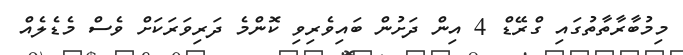
މިމުބާރާތާތުގައި ގްރޭޑް 4 އިން ދަށުން ބައިވެރިވި ކޮންމެ ދަރިވަރަކަށް ވެސް މެޑެލެއް